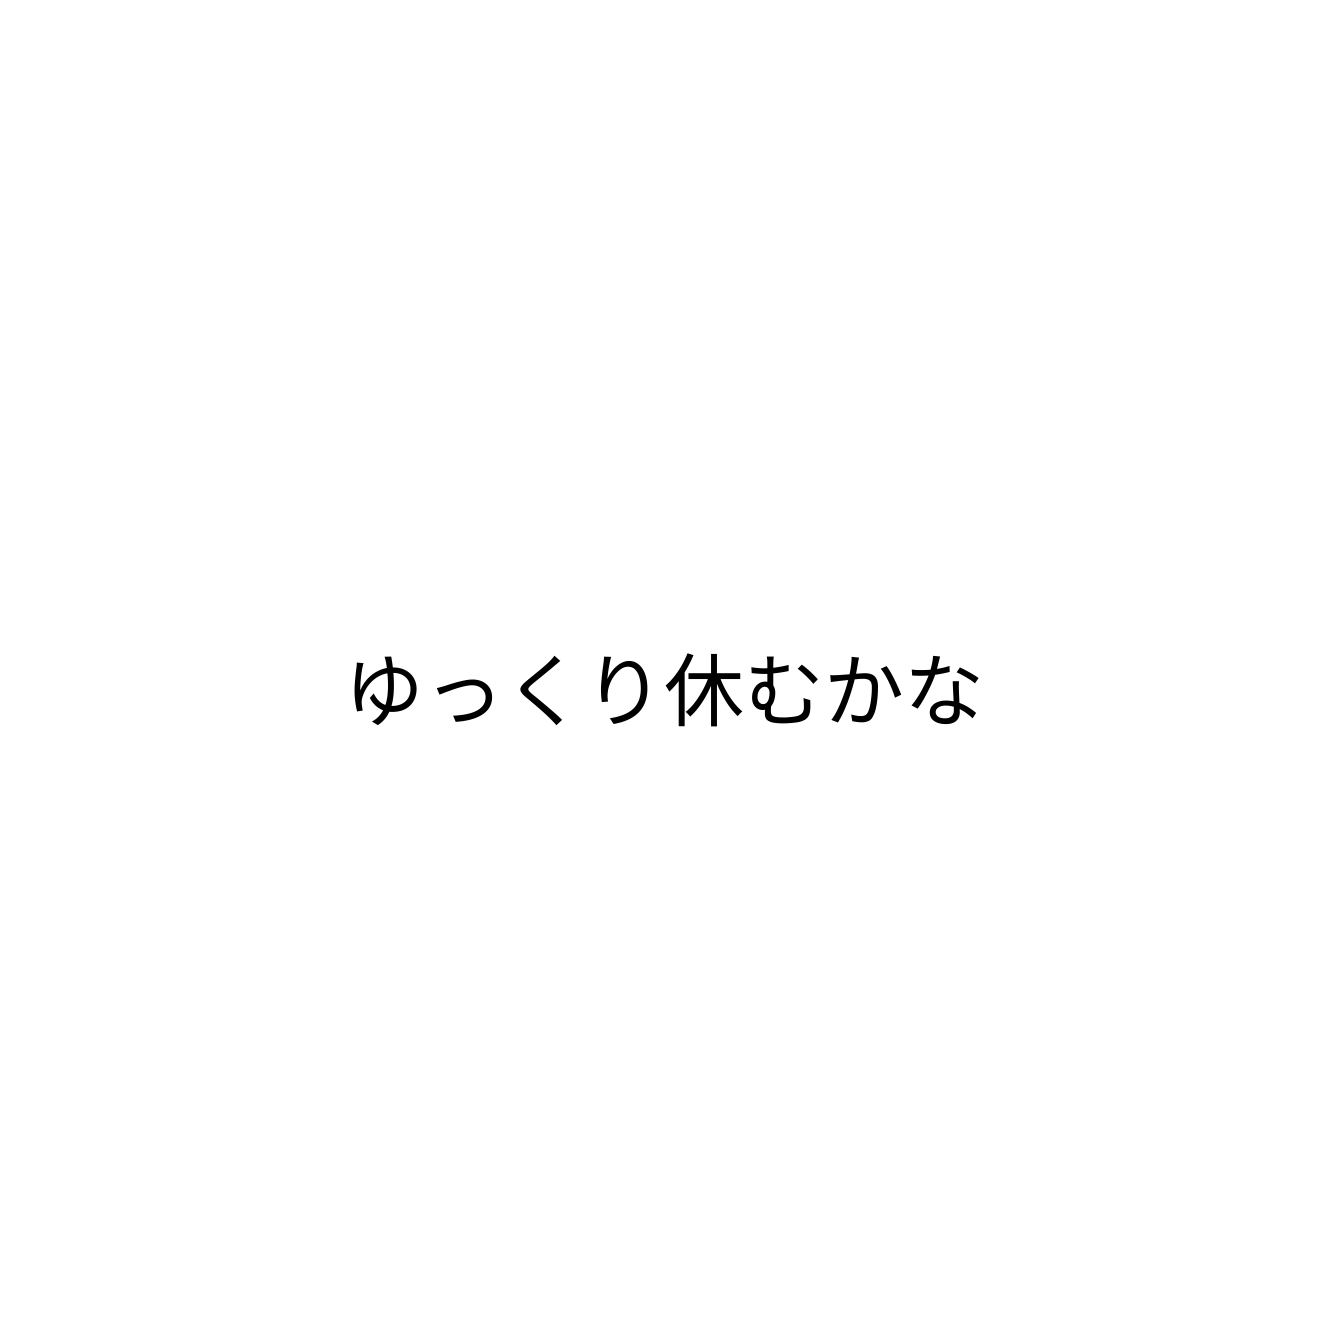
ゆっくり休むかな